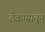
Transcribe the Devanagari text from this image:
ठेवण्यातून